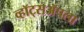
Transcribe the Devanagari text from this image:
व्हॉट्सॲपला